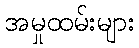
အမှုထမ်းများ